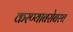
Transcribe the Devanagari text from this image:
करण्‍याबरोबरच